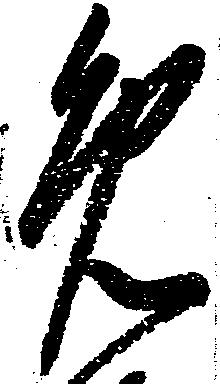
免